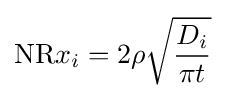
\mathrm {NR} x_{i}=2\rho {\sqrt {\frac {D_{i}}{\pi t}}}